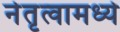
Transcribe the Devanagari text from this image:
नेतृत्वामध्ये